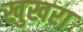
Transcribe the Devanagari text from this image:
खुखरा